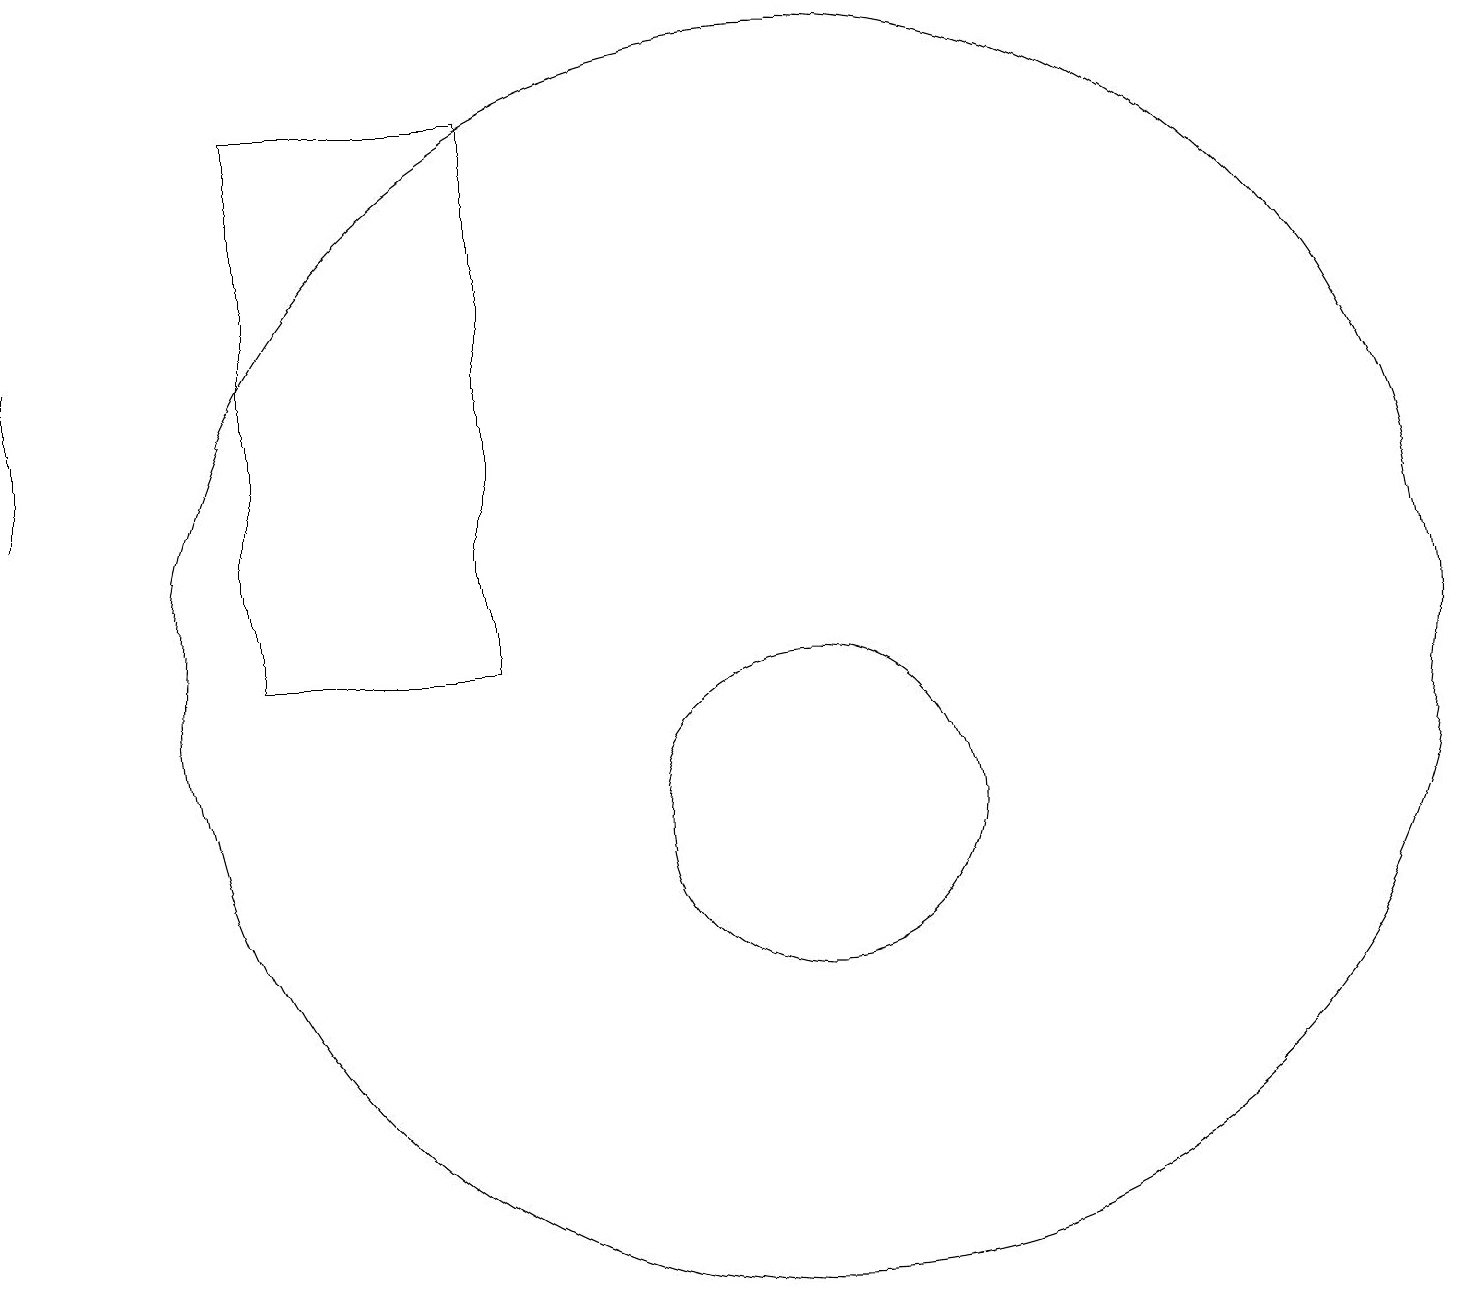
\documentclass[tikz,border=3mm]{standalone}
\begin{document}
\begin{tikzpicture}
\draw (0,14) rectangle (0,16);
\draw (3,19) rectangle (6,12);
\draw (10,12) circle (8);
\draw (10,10) circle (2);
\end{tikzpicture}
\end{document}